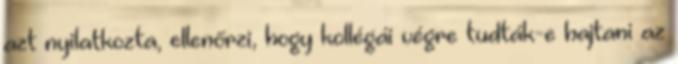
azt nyilatkozta, ellenőrzi, hogy kollégái végre tudták-e hajtani az